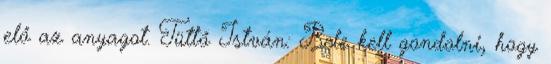
elő az anyagot. Tüttő István: Bele kell gondolni, hogy